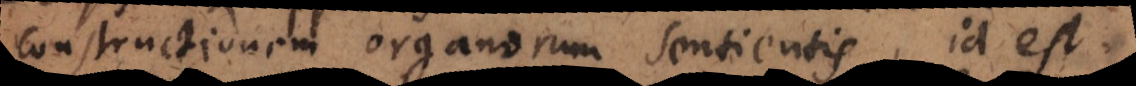
constructionem organorum sentientis, id